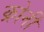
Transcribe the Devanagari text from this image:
क्रोनी